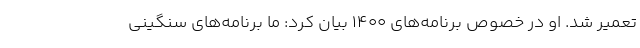
تعمیر شد. او در خصوص برنامه‌های ۱۴۰۰ بیان کرد: ما برنامه‌های سنگینی